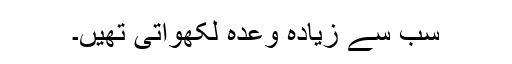
سب سے زیادہ وعدہ لکھواتی تھیں۔